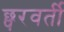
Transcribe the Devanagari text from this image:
छ्परवर्ती